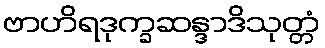
ဗာဟိရဒုက္ခဆန္ဒာဒိသုတ္တံ